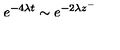
\: e ^ { - 4 \lambda t } \sim e ^ { - 2 \lambda z ^ { - } } \: